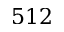
5 1 2